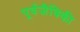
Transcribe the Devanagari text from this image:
पूर्वजैविकी